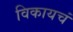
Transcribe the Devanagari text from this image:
विकायचं